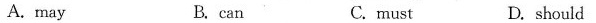
A.may B. can C.must D. should